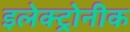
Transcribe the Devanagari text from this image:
इलेक्ट्रोनीक